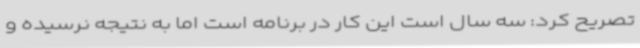
تصریح کرد: سه سال است این کار در برنامه است اما به نتیجه نرسیده و